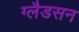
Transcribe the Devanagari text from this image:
ग्लैडसन